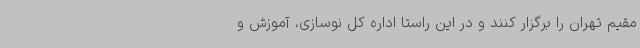
مقیم تهران را برگزار کنند و در این راستا اداره کل نوسازی، آموزش و